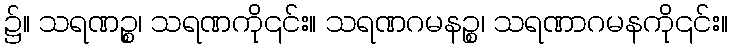
၌။ သရဏဉ္စ၊ သရဏကို၎င်း။ သရဏဂမနဉ္စ၊ သရဏာဂမနကို၎င်း။